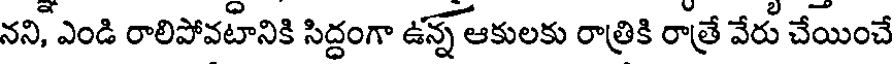
నని, ఎండి రాలిపోవటానికి సిద్దంగా ఉన్న ఆకులకు రాత్రికి రాత్రే వేరు చేయించే